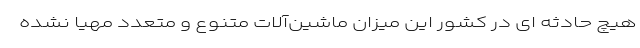
هیچ حادثه ای در کشور این میزان ماشین‌آلات متنوع و متعدد مهیا نشده